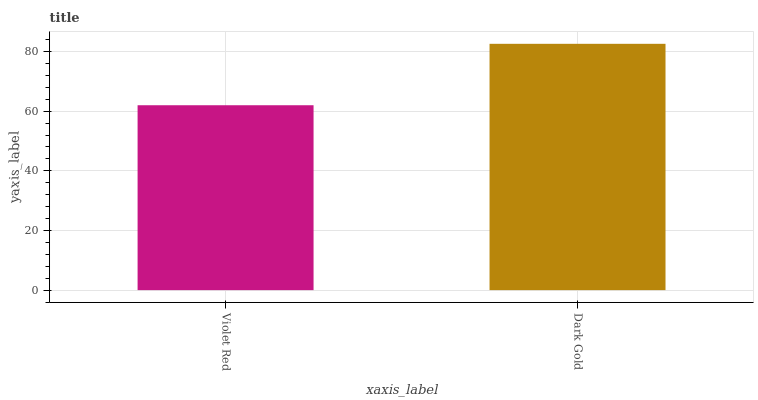
| xaxis_label | bars |
 | --- | --- |
 | Violet Red | 62 |
 | Dark Gold | 82.6 |